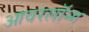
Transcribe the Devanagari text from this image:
आवरलॉन्ग